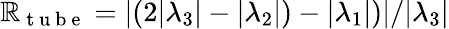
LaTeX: \mathbb{R}_{\mathrm{{~t~u~b~e~}}}=\vert(2\vert\lambda_{3}\vert-\vert\lambda_{2}\vert)-\vert\lambda_{1}\vert)\vert/\vert\lambda_{3}\vert